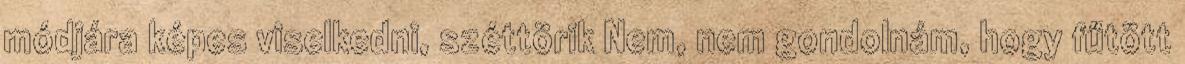
módjára képes viselkedni, széttörik Nem, nem gondolnám, hogy fűtött